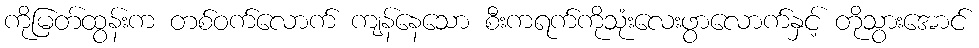
ကိုမြတ်ထွန်းက တစ်ဝက်လောက် ကျန်နေသော စီးကရက်ကိုသုံးလေးဖွာလောက်နှင့် တိုသွားအောင်